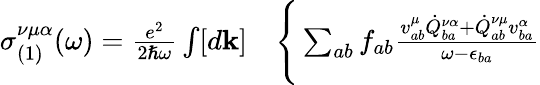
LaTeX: \begin{array}{rl}{\sigma_{(1)}^{\nu\mu\alpha}(\omega)=\frac{e^{2}}{2\hslash\omega}\int[d\mathbf{k}]}&{{}\Bigg\{ \sum_{ab}f_{ab}\frac{v_{ab}^{\mu}\dot{Q}_{ba}^{\nu\alpha}+\dot{Q}_{ab}^{\nu\mu}v_{ba}^{\alpha}}{\omega-\epsilon_{ba}}}\end{array}